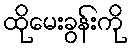
ထိုမေးခွန်းကို